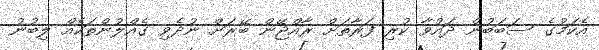
އެކަމުގެ ސަބަބުން ދައުވާ ކުރި ފަރާތަށް ރާއްޖޭން ބޭރަށް ނުދެވި ގެއްލުންތަކެއް ލިބުނު